Standardisation of Calmette's anti-venomous serum with pure cobra venom - Number 1
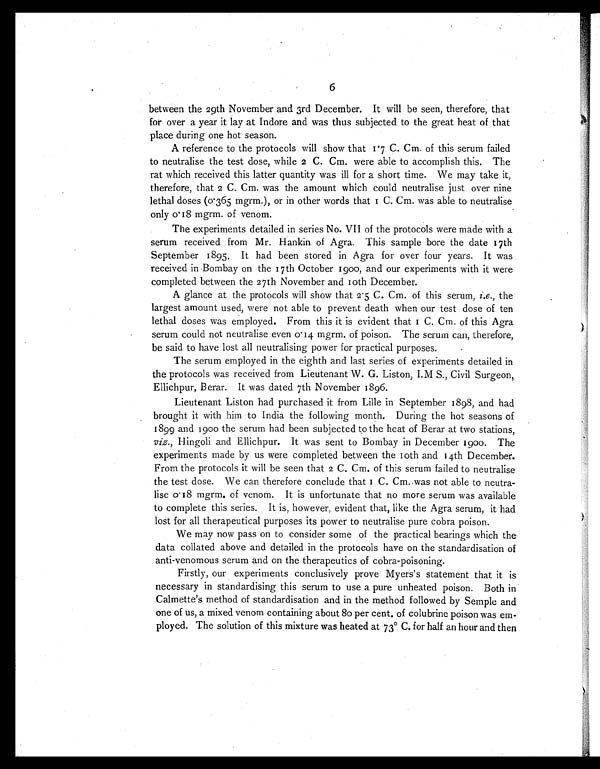
6
between the 29th November and 3rd December. It will be seen, therefore, that
for over a year it lay at Indore and was thus subjected to the great heat of that
place during one hot season.
A reference to the protocols will show that 1 ·7 C. Cm. of this serum failed
to neutralise the test dose, while 2 C. Cm. were able to accomplish this. The
rat which received this latter quantity was ill for a short time. We may take it,
therefore, that 2 C. Cm. was the amount which could neutralise just over nine
lethal doses (0·365 mgrm.), or in other words that 1 C. Cm. was able to neutralise
only 0·18 mgrm. of venom.
The experiments detailed in series No. VII of the protocols were made with a
serum received from Mr. Hankin of Agra. This sample bore the date 17th
September 1895. It had been stored in Agra for over four years. It was
received in Bombay on the 17th October 1900, and our experiments with it were
completed between the 27th November and 10th December.
A glance at the protocols will show that 2 ·5 C. Cm. of this serum, i.e. , the
largest amount used, were not able to prevent death when our test dose of ten
lethal doses was employed. From this it is evident that 1 C. Cm. of this Agra
serum could not neutralise even 0 ·14 mgrm. of poison. The serum can, therefore,
be said to have lost all neutralising power for practical purposes.
The serum employed in the eighth and last series of experiments detailed in
the protocols was received from Lieutenant W. G. Liston, I.M S., Civil Surgeon,
Ellichpur, Berar. It was dated 7th November 1896.
Lieutenant Liston had purchased it from Lille in September 1898, and had
brought it with him to India the following month. During the hot seasons of
1899 and 1900 the serum had been subjected to the heat of Berar at two stations,
viz. , Hingoli and Ellichpur. It was sent to Bombay in December 1900. The
experiments made by us were completed between the 10th and 14th December.
From the protocols it will be seen that 2 C. Cm. of this serum failed to neutralise
the test dose. We can therefore conclude that 1 C. Cm. was not able to neutra-
lise 0·18 mgrm. of venom. It is unfortunate that no more serum was available
to complete this series. It is, however, evident that, like the Agra serum, it had
lost for all therapeutical purposes its power to neutralise pure cobra poison.
We may now pass on to consider some of the practical bearings which the
data collated above and detailed in the protocols have on the standardisation of
anti-venomous serum and on the therapeutics of cobra-poisoning.
Firstly, our experiments conclusively prove Myers's statement that it is
necessary in standardising this serum to use a pure unheated poison. Both in
Calmette's method of standardisation and in the method followed by Semple and
one of us, a mixed venom containing about 80 per cent, of colubrine poison was em
ployed. The solution of this mixture was heated at 73° C. for half an hour and then.